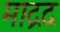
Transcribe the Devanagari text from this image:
माद्रद